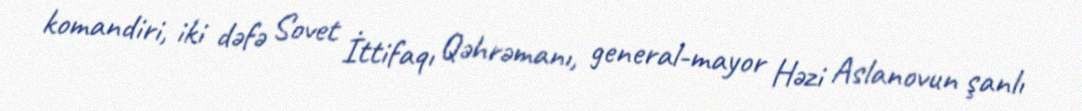
komandiri, iki dəfə Sovet İttifaqı Qəhrəmanı, general-mayor Həzi Aslanovun şanlı